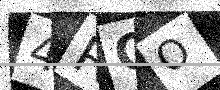
Text: 4RCO